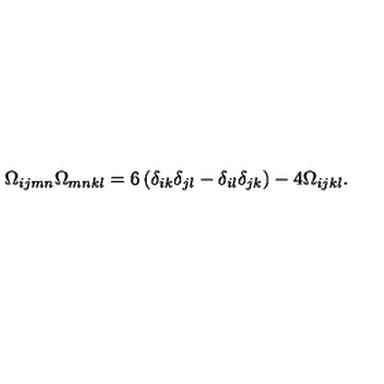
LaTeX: \Omega _ { i j m n } \Omega _ { m n k l } = 6 \left( \delta _ { i k } \delta _ { j l } - \delta _ { i l } \delta _ { j k } \right) - 4 \Omega _ { i j k l } .